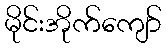
မိုင်းအိုက်ကျော်